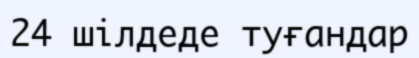
24 шілдеде туғандар